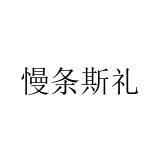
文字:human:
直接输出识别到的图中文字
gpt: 慢条斯礼